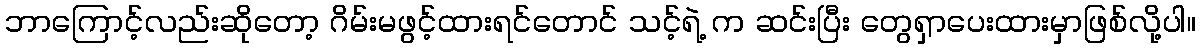
ဘာကြောင့်လည်းဆိုတော့ ဂိမ်းမဖွင့်ထားရင်တောင် သင့်ရဲ့ က ဆင်းပြီး တွေရှာပေးထားမှာဖြစ်လို့ပါ။